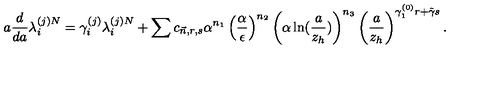
a \frac { d } { d a } \lambda _ { i } ^ { ( j ) N } = \gamma _ { i } ^ { ( j ) } \lambda _ { i } ^ { ( j ) N } + \sum c _ { \vec { n } , r , s } \alpha ^ { n _ { 1 } } \left( \frac { \alpha } { \epsilon } \right) ^ { n _ { 2 } } \left( \alpha \ln ( \frac { a } { z _ { h } } ) \right) ^ { n _ { 3 } } \left( \frac { a } { z _ { h } } \right) ^ { \gamma _ { 1 } ^ { ( 0 ) } r + \tilde { \gamma } s } .